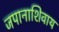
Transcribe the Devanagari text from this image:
जपानाशिवाय